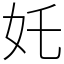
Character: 奼